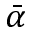
\bar { \alpha }